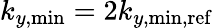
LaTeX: k_{y,\mathrm{min}}=2k_{y,\mathrm{min,ref}}